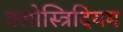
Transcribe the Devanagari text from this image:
क्लोस्त्रिदियम